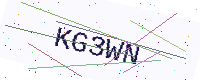
Text: KG3WN